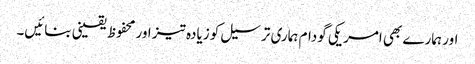
اور ہمارے بھی امریکی گودام ہماری ترسیل کو زیادہ تیز اور محفوظ یقینی بنائیں۔